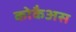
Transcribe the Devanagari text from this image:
कोकैअस